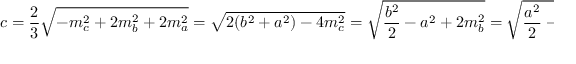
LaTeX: c = { \frac { 2 } { 3 } } { \sqrt { - m _ { c } ^ { 2 } + 2 m _ { b } ^ { 2 } + 2 m _ { a } ^ { 2 } } } = { \sqrt { 2 ( b ^ { 2 } + a ^ { 2 } ) - 4 m _ { c } ^ { 2 } } } = { \sqrt { { \frac { b ^ { 2 } } { 2 } } - a ^ { 2 } + 2 m _ { b } ^ { 2 } } } = { \sqrt { { \frac { a ^ { 2 } } { 2 } } - b ^ { 2 } + 2 m _ { a } ^ { 2 } } } .